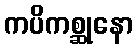
ကပိကစ္ဆုနော